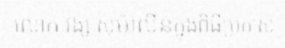
លោក វង្ស សុម៉ាលីនក្នុងពិធីប្រកាស